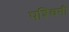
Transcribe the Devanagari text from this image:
पश्‍चिमी